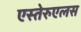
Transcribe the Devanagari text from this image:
एस्तेरुएलस